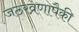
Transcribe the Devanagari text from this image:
जठरव्रणापैकी